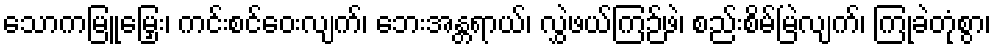
သောကမြူမြှေး၊ ကင်းစင်ဝေးလျက်၊ ဘေးအန္တရာယ်၊ လွှဲဖယ်ကြဉ်ဖဲ၊ စည်းစိမ်မြဲလျက်၊ ကြုံခဲတုံစွာ၊